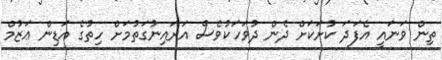
ތިން ވަނައީ އެފަދަ ކުށަކަށް ދެން ދުވަހަކުވެސް އަރައިނުގަތުމަށް ހިތުގެ އަޑިން ޢަޒުމް